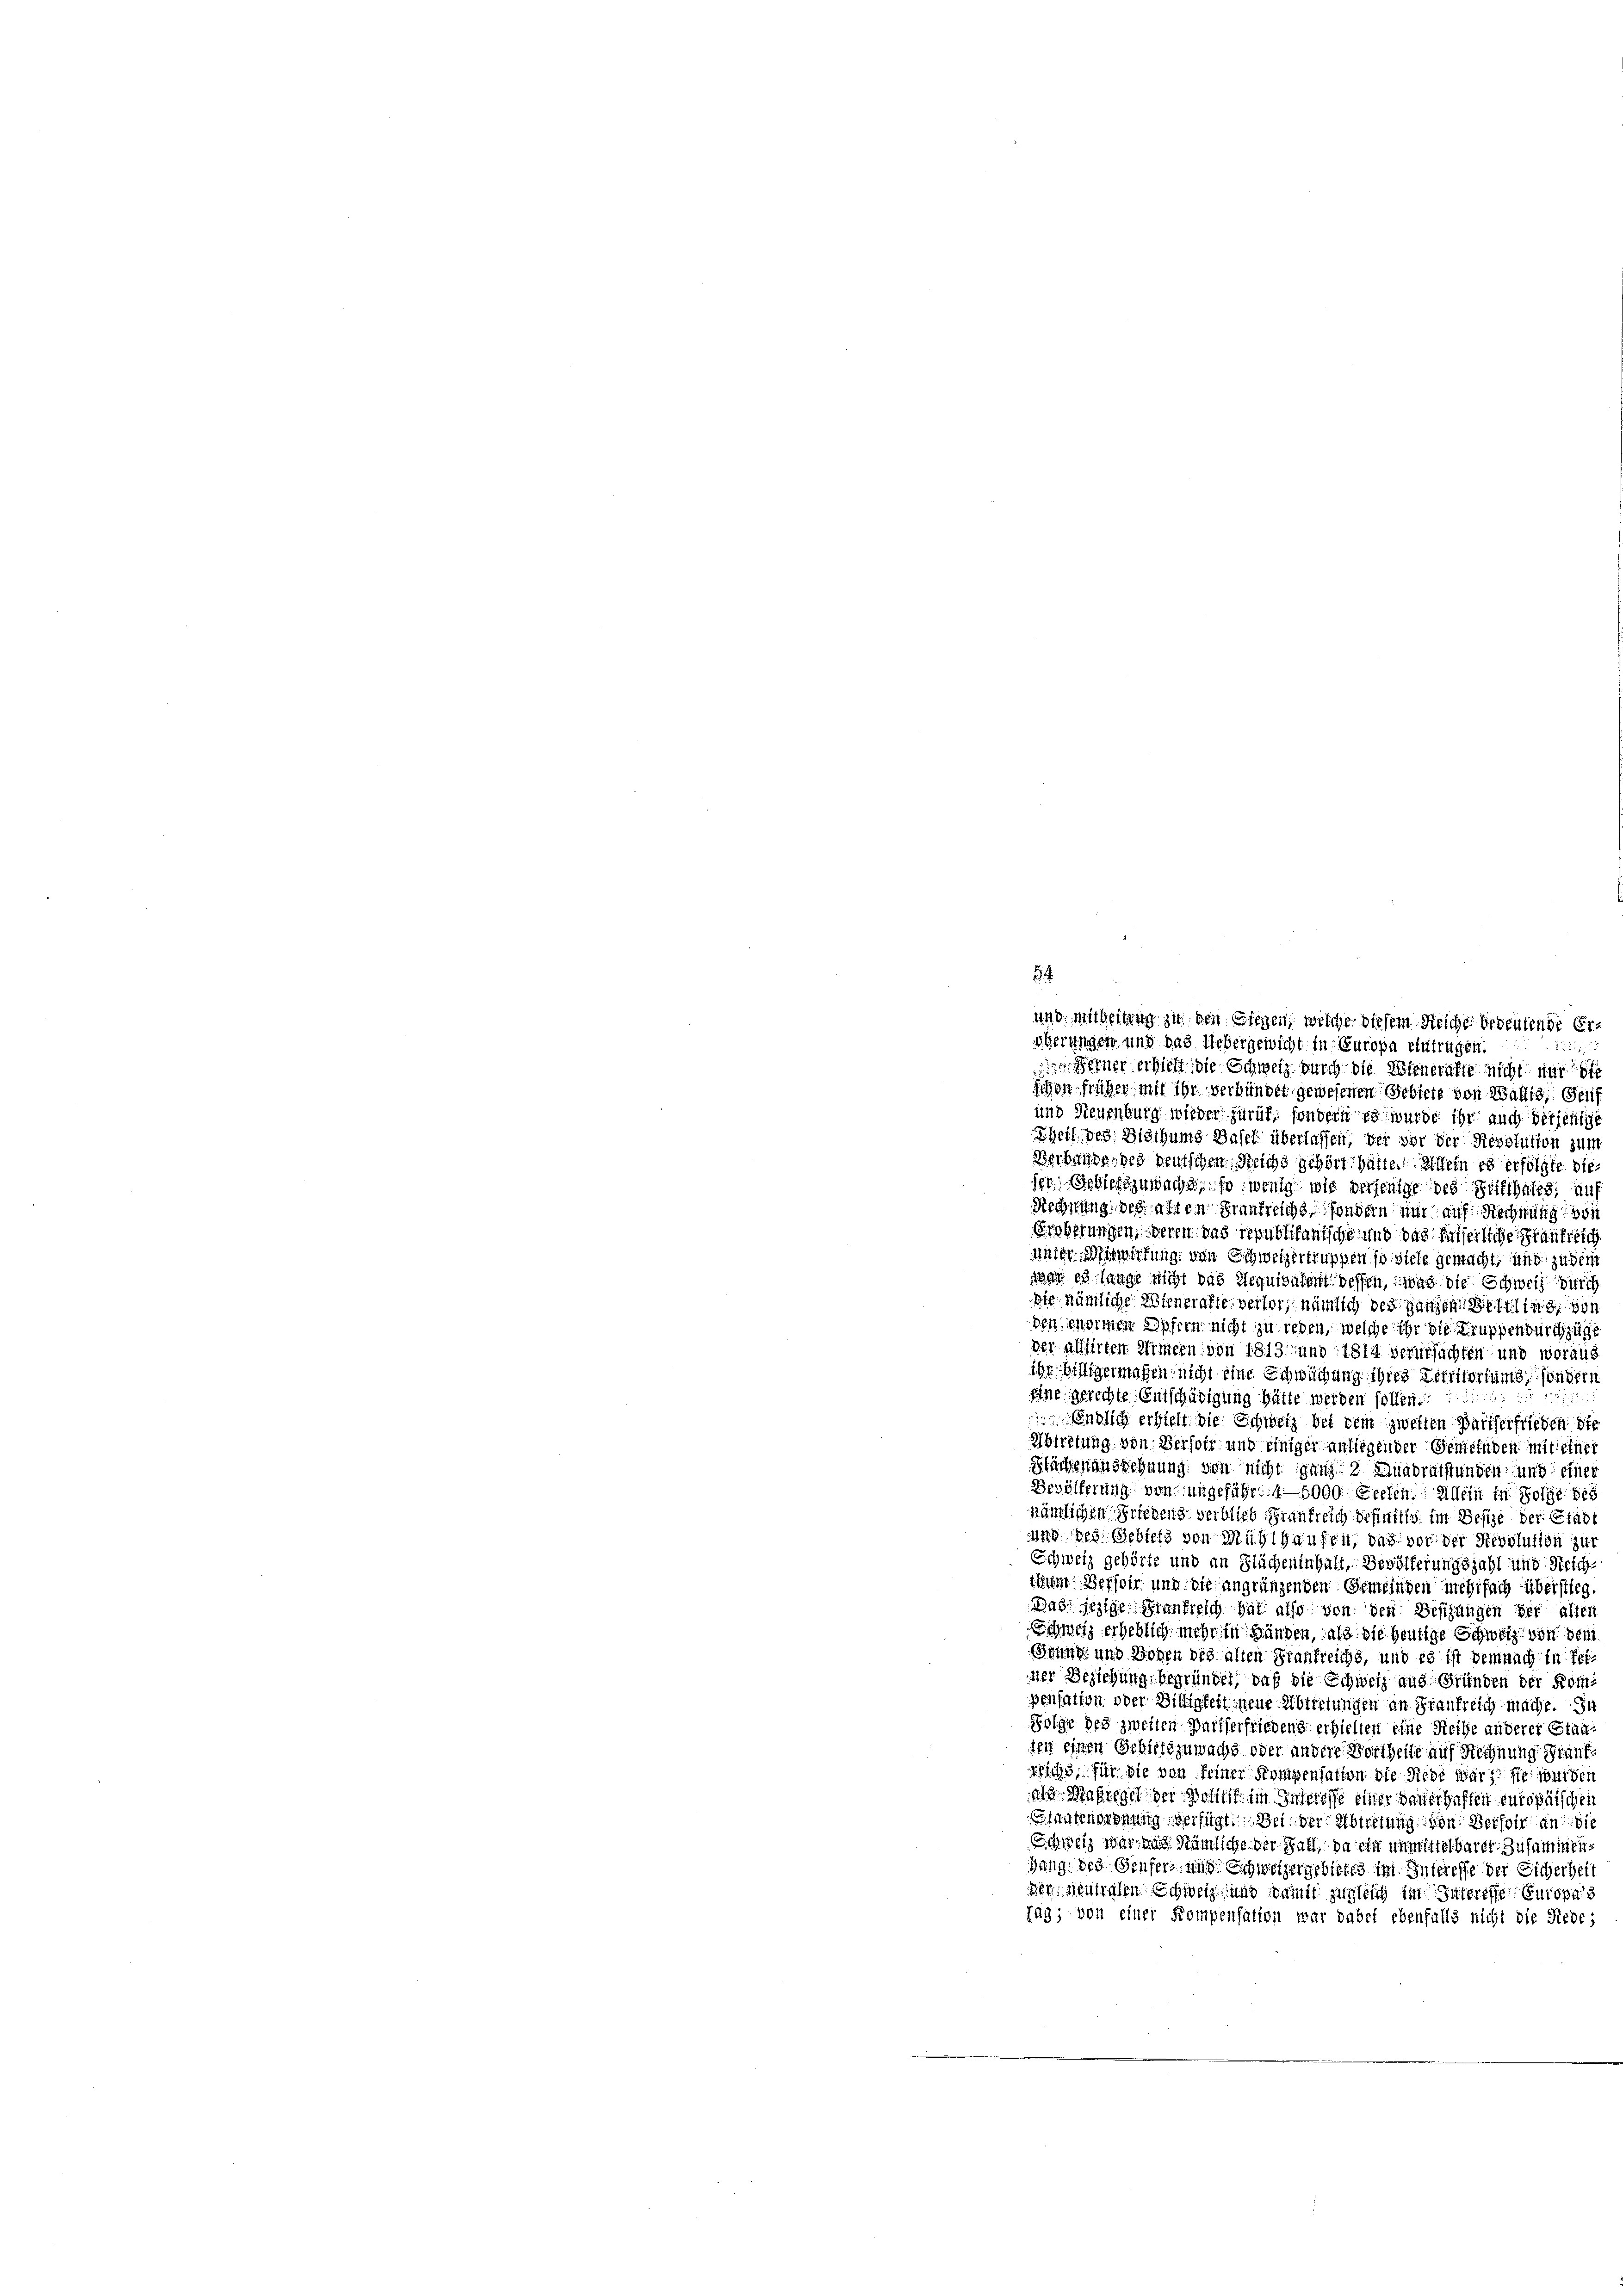
54
und mitheilung zu den Siegen, welche diesem Reiche bedeutende Ernberungen und das Uebergewicht in Europa eintragen,
 Ferner erhielt die Schweiz durch die Wieneralte nicht nur ste
schon früher mit ihr verbündet gewesenen Gebiete von Wallis, Gerif
und Neuenburg wieder zurück, sondern es wurde ihr auch derjenige
Theil des Bisthums Basel überlassen, der vor der Rebstuften zum
Berbande des deutschen Reichs gehört hatte. Allein es erfolgte dieser Gebiets zuwachs, so wenig wie derjenige des Stifthales, auf
Rechnung des alten Frankreichs sondern mir auf Rechnung di
Erpberungen, deren das republikanische und das fiserliche Frankreich
unter Mitwirkung von Schweizertruppen so viele gemacht, und zu dem
war es lange nicht das Requivalent dessen, was die Schweiz durch
Die nämliche Wieneraffe verfer, nämlich des Ganzen sein von
den enormen Opfern nicht zu reden, welche ihr die Truppendurchzüge
der aliirten Armeen von 1813 und 1814 verursachten und woraus
ihr billigermachen nicht eine Schwuchung ihres Zeitfortung, sondern
Eine gerechte Entschädigung hätte werden sollen.
endlich erhielt, die Schweiz bei dem zweiten Waiserfrieden die
Abtretung von Versohr und einiger anliegender Gemeinden mit eines
Bäuchenaussehnung von nicht ganz 2 Quadratstunden und einer
Bevölkerung von ungeführ: 4. 1000 Seesen. Allein in Folge des
nämlichen Friedens verblieb Frankreich definitiv im Besize der Gladt
ung des Gebiets von Mühlhaufen, das vor der Revolution zur
Schweiz gehörte und an Flächeninhalt, Bevölferungsjahl und Reich
ihrem Bertoir und die angränzenden Gemeinden mehrfach überstieg.
Das jezige Krankreich hat also von den Besizungen der allen
Schweiz erheblich mehr in Händen, als die heutige Schweiz vor den
Grung und Hohen des alten Frankreichs, und es ist demnach in ferner Beziehung, begründet, daß die Schweiz aus Gründen der Kompensation oder Billigkeit neue Abtretungen an Frankreich mache. In
Folge des zweiten Pariserfriedens erhielten eine Reihe anderer Stanten einen Gebietszuwachs oder andere Vortheite auf Rechnung Stünfr113, für die von feiner Kompensation die Siebe war, sie werden
we Maßregel der Politik im Inseresse einer Dauerhaften europäischen
anknordnung verfügt: Bei der Abtretung von Berholt an die
Schweiz war und nämliche der Fall, da ein unmittelbarer Zusammendung des Genfer und Schweizergebietes im Interesse der Sicherheit
Der Mutten Schweiz und damit zugleich im Interesse Europa 3
Jag; von einer Kompensation war dabei ebenfalls nicht die Siebe;